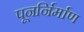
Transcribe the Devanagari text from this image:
पूनर्निर्माण